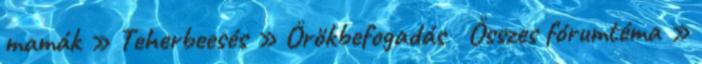
mamák » Teherbeesés » Örökbefogadás Összes fórumtéma »